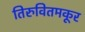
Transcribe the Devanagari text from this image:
तिरुवितमकूर